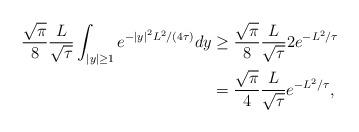
LaTeX: \begin{align*}\frac{\sqrt{\pi}}{8} \frac{L}{\sqrt{\tau}} \int_{\left\vert y\right\vert \geq 1}e^{-\left\vert y\right\vert ^{2}L^{2}/(4\tau)}dy & \geq \frac{\sqrt{\pi}}{8} \frac{L}{\sqrt{\tau}} 2e^{-L^{2}/\tau} \\& = \frac{\sqrt{\pi}}{4}\frac{L}{\sqrt{\tau}}e^{-L^{2}/\tau},\end{align*}